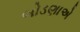
બોડણાએ